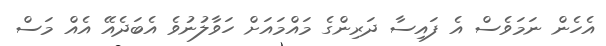
އެހެން ނަމަވެސް އެ ފައިސާ ދަރިންގެ މައްމައަށް ހަވާލުނުވެ އެބަދެއޭ އެއް މަސް